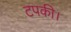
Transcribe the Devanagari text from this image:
टपकी।